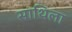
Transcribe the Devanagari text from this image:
साथिला